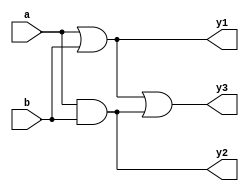
module test(a,b,y1,y2,y3);
input a;
input b;
output y1,y2,y3;
assign y1 = a|b;
assign y2 = a&b;
assign y3 = y1|y2;
endmodule